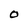
Character: 0